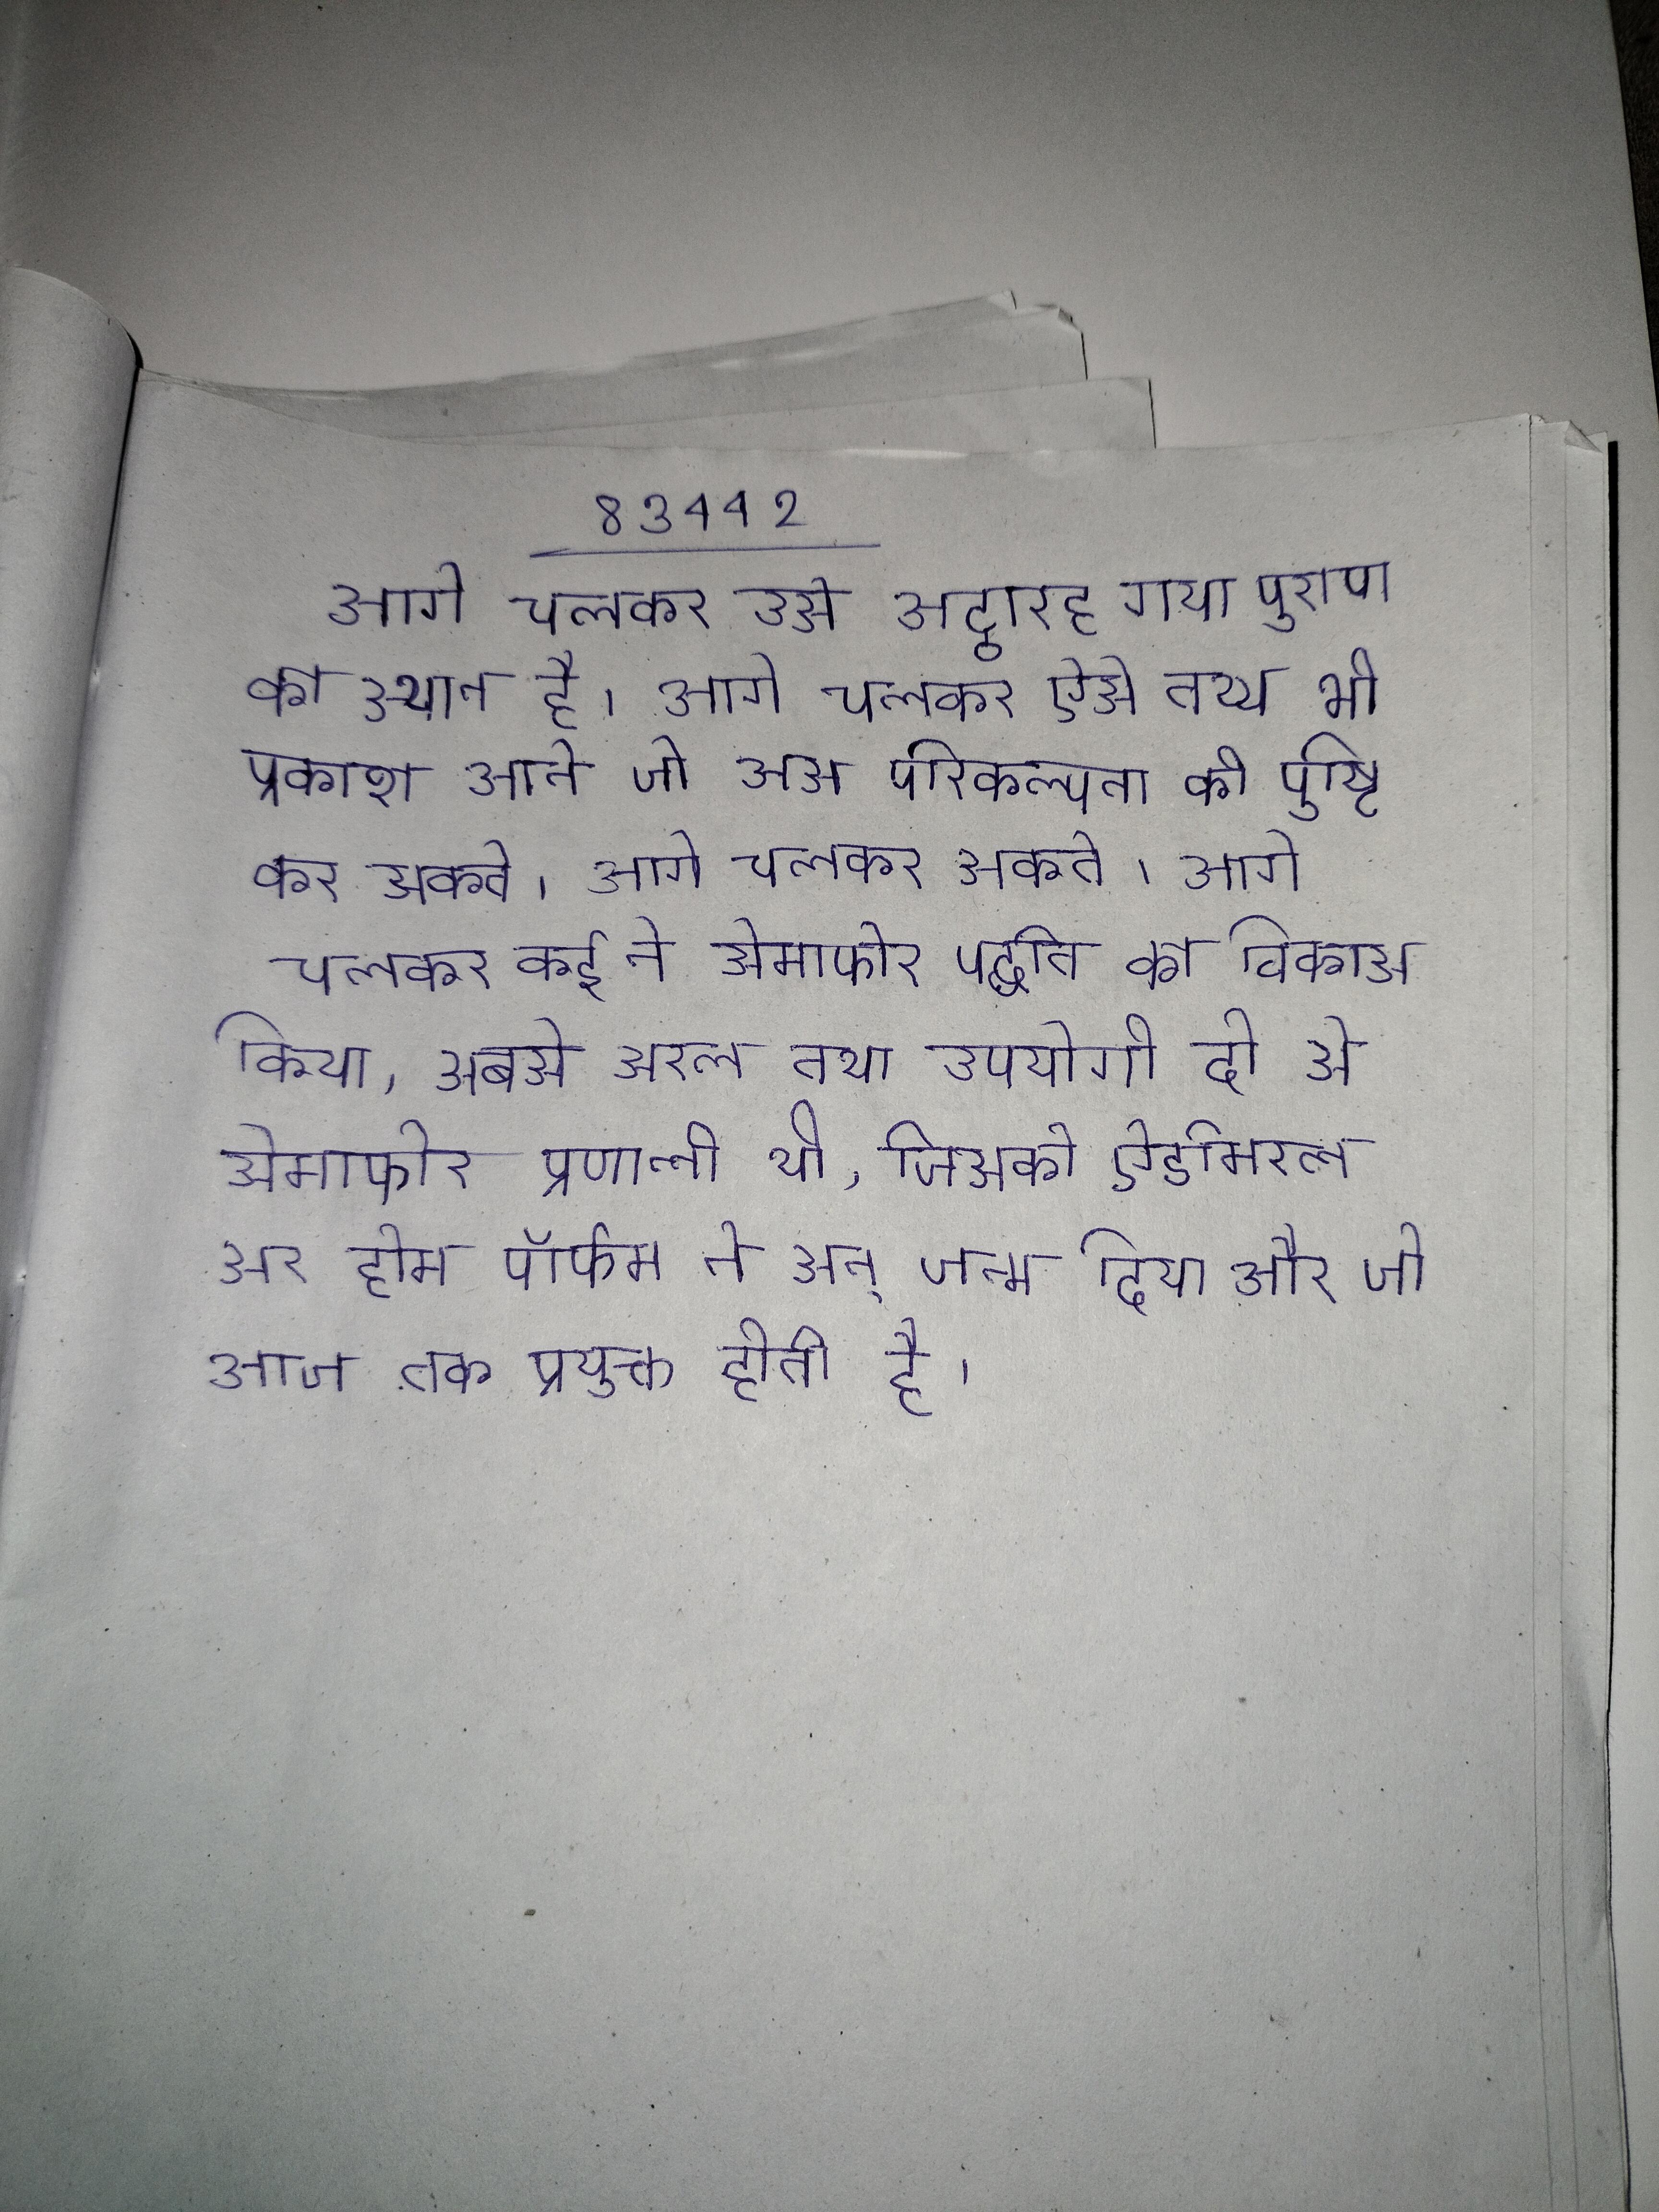
आगे चलकर उसे अट्ठारह गया पुराण का स्थान है । आगे चलकर ऐसे तथ्य भी प्रकाश आते जो उस परिकल्पना की पुष्टि कर सकते । आगे चलकर कई ने सेमाफोर पद्धति का विकास किया, सबसे सरल तथा उपयोगी दो से सेमाफोर प्रणाली थी, जिसको ऐडमिरल सर होम पॉर्फम ने सन् जन्म दिया और जो आज तक प्रयुक्त होती है ।